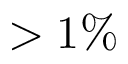
> 1 \%